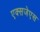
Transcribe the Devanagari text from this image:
एक्सजेएस